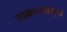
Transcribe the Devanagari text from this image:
साम्राज्यप्रमुख